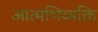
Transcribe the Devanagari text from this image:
आत्मभिव्यक्ति